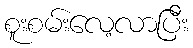
စူးစမ်းလေ့လာပြီး